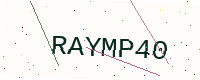
Text: RAYMP40